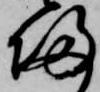
帰